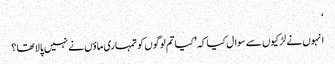
‘
انہوں نے لڑکیوں سے سوال کیا کہ ’کیا تم لوگوں کو تمہاری ماؤں نے نہیں پالا تھا؟